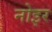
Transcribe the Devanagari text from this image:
नोइर